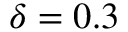
\delta = 0 . 3